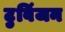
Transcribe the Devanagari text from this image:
टुविंजन